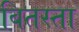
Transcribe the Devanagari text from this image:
बितस्ता